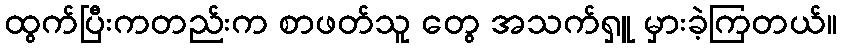
ထွက်ပြီးကတည်းက စာဖတ်သူ တွေ အသက်ရှူ မှားခဲ့ကြတယ်။